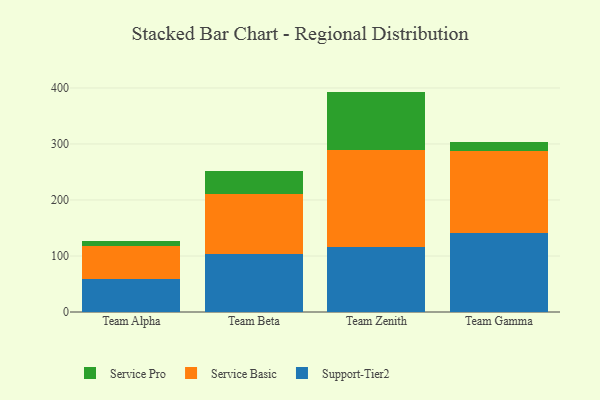
{"axis": {"x": "Team", "y": "Active Users"}, "legend": ["Service Basic", "Service Pro", "Support-Tier2"], "data": [{"x": "Team Alpha", "y": 58.7, "type": "Support-Tier2"}, {"x": "Team Alpha", "y": 59.0, "type": "Service Basic"}, {"x": "Team Alpha", "y": 8.3, "type": "Service Pro"}, {"x": "Team Beta", "y": 103.1, "type": "Support-Tier2"}, {"x": "Team Beta", "y": 107.9, "type": "Service Basic"}, {"x": "Team Beta", "y": 40.0, "type": "Service Pro"}, {"x": "Team Zenith", "y": 116.7, "type": "Support-Tier2"}, {"x": "Team Zenith", "y": 172.2, "type": "Service Basic"}, {"x": "Team Zenith", "y": 104.6, "type": "Service Pro"}, {"x": "Team Gamma", "y": 140.6, "type": "Support-Tier2"}, {"x": "Team Gamma", "y": 147.5, "type": "Service Basic"}, {"x": "Team Gamma", "y": 15.8, "type": "Service Pro"}]}